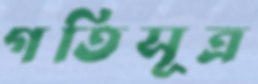
গতিসূত্র